Senior Leaving Certificate Examination (including Day School Certificate (Higher) General paper), 1948
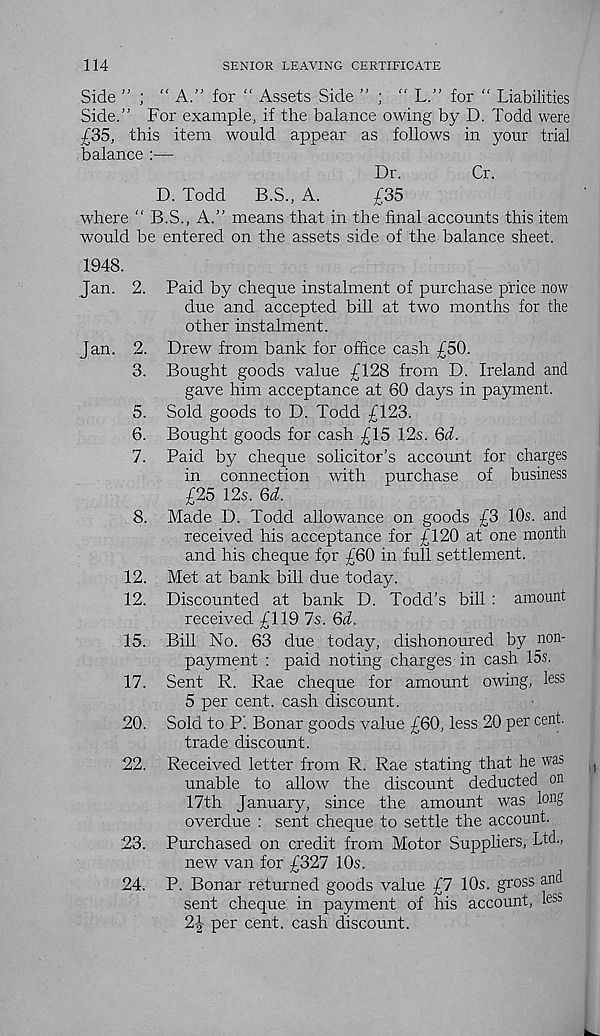
114
SENIOR LEAVING CERTIFICATE
Side ” ; "A.” for “ Assets Side ” ; “ L.” for “ Liabilities
Side.” For example, if the balance owing by D. Todd were
£35, this item would appear as . follows in your trial
balance :—
Dr.
Cr.
D. Todd
B.S., A.
£35
where ” B.S., A.” means that in the final accounts this item
would be entered on the assets side of the balance sheet.
1948.
Jan. 2.
Jan.
3.
5.
6.
7.
8.
12.
12.
15.
17.
20.
22.
23.
Paid by cheque instalment of purchase price now
due and accepted bill at two months for the
other instalment.
Drew from bank for office cash £50.
Bought goods value £128 from D. Ireland and
gave him acceptance at 80 days in payment.
Sold goods to D. Todd £123.
Bought goods for cash £15 12s. 6d.
Paid by cheque solicitor’s account for charges
in connection with purchase of business
£25 12s. 6d.
Made D. Todd allowance on goods £3 10s. and
received his acceptance for £120 at one month
and his cheque for £60 in full settlement.
Met at bank bill due today.
Discounted at bank D. Todd’s bill : amount
received £119 7s. 6d.
Bill No. 63 due today, dishonoured by non-
payment : paid noting charges in cash 15s.
Sent R. Rae cheque for amount owing, less
5 per cent, cash discount.
Sold to P. Bonar goods value £60, less 20 per cent,
trade discount.
Received letter from R. Rae stating that he was
unable to allow the discount deducted on
17th January, since the amount was long
overdue : sent cheque to settle the account.
Purchased on credit from Motor Suppliers, Ltd.,
new van for £327 10s.
24. P. Bonar returned goods value £7 10s. gross
sent cheque in payment of his account,
2|- per cent, cash discount.
and
less